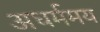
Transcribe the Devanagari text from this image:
अधर्ममय